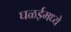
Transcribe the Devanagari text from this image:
घळईमध्ये